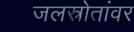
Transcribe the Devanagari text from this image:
जलस्रोतांवर